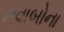
નવાબોના